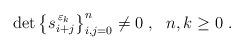
LaTeX: \begin{gather*}\det \big\{s_{i+j}^{\,\varepsilon_{k}}\big\}_{i, j =0}^{n}\neq 0 \ , \ \ n, k \geq 0 \ . \end{gather*}